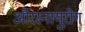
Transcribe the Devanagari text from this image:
औरस्नायुरोग